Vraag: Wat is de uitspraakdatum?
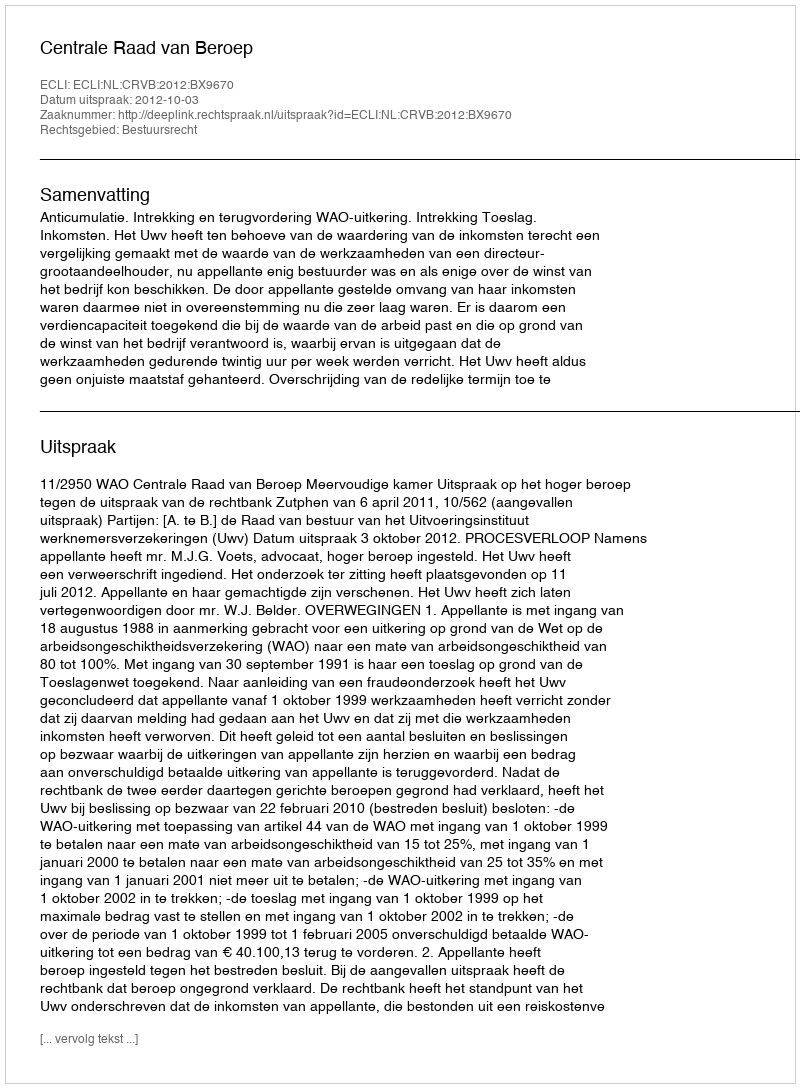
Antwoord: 2012-10-03